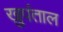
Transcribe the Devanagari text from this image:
खुपंताल